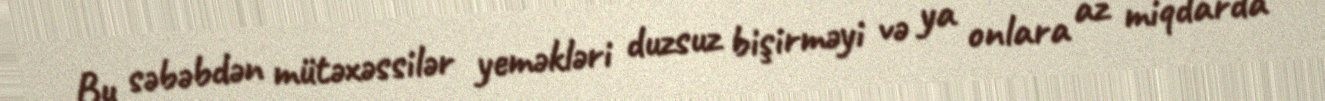
Bu səbəbdən mütəxəssilər yeməkləri duzsuz bişirməyi və ya onlara az miqdarda